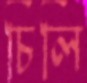
চিলি